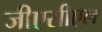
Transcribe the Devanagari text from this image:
जीएसीएल